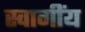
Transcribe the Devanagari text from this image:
स्वागींय